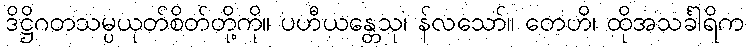
ဒိဋ္ဌိဂတသမ္ပယုတ်စိတ်တို့ကို။ ပဟီယန္တေသု၊ န်လသော်။ တေဟိ၊ ထိုအသင်္ခါရိက